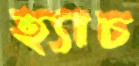
হ্যাচ